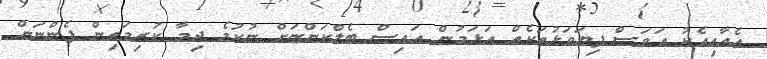
އެއާއިއެކު އަވަސް ފިޔަވަޅުތަކެއް އަޅަމުން އައިސް ބެލްކަންޏަށް ނުކުމެ ދިމާ ކުރިމަތިން ފެންނަން